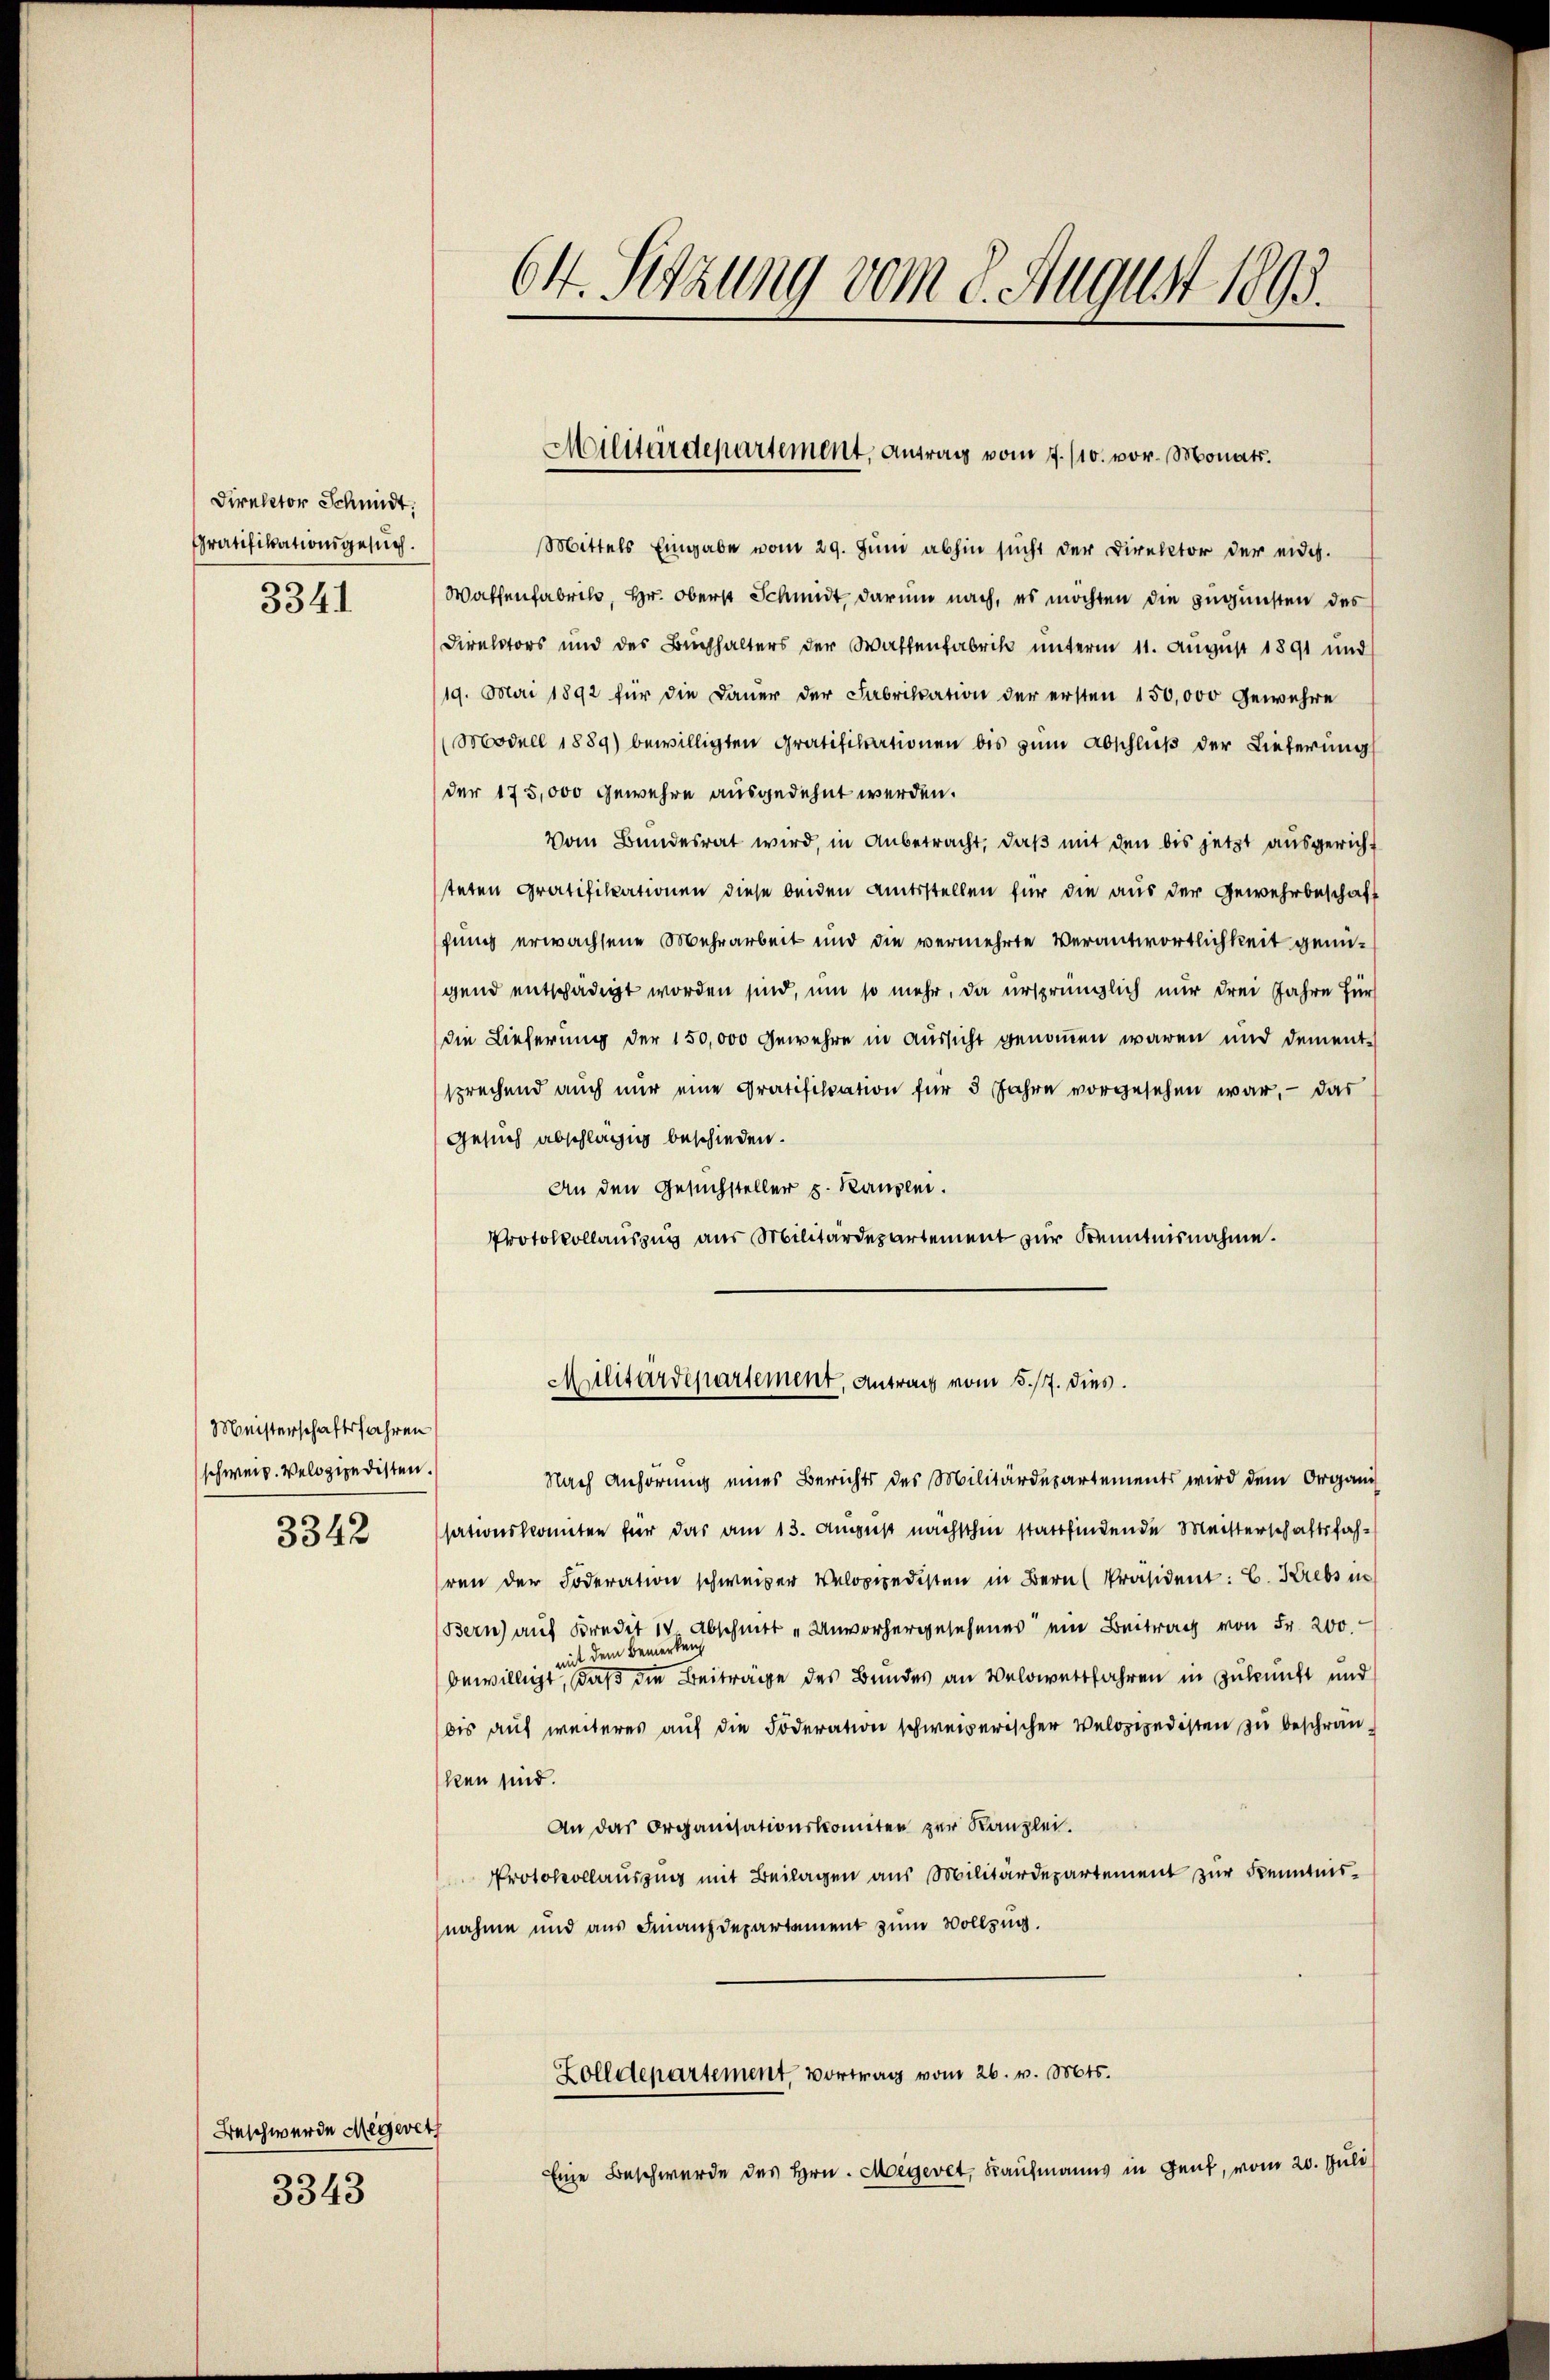
Director Schmidt.
Gratifikationsgesuch.
3341

Meisterschaftsfahren
(schweiz. Velozipedisten.
3342

Beschwerde Megeret
3343

64. Sitzung vom 8. August 1893.

Mittels Eingabe vom 29. Juni abhin sucht der Direktor der eidg.
Wachenfabrik, Hr. Oberst Schmidt darum nach, es möchten die zugunsten des
Direktors und des Buchhalters der Waffenfabrik unterm 11. August 1891 und
/19. Mai 1892 für die Dauer der Fabrikation der ersten 150,000 Gewehre
(Modell 1889) bewilligten Gratifikationen bis zum Abschluß der Lieferungs
der 175,000 Gewehre ausgedehnt werden.
Vom Bundesrat wird, in Anbetracht, daß mit den bis jetzt ausgericht
teten Gratifikationen diese beiden Amtsstellen für die aus der Gewehrbeschaft
fung erwachsene Mehrarbeit und die vermehrte Verantwortlichkeit genügend entschädigt worden sind, um so mehr, da ursprünglich nur drei Jahre für
die Lieferung der 150,000 Gewehre in Aussicht genommen waren und dementsprechend auch nur eine Gratifikation für 5 Jahre vorgesehen war. - Das
Gesuch abschlägig beschieden.
An den Gesuchsteller u. Hausen.
Protokollauszug aus Militärdepartement zur Kenntnisnahme.

Militärdepartement, Antrag vom 7./10. vor. Monats.

Nach Anhörung eines Berichts des Militärdepartements wird dem Organis
sationskonnten für das am 13. August nachschen stattfindende Meisterschaftsfah-
ren der Foderation schweizer Veloppedisten in Bern Präsident: C. Krebs in
Bern) auf Kredit 14 Abschnitt „Unvorhergesehenes ein Beitrag von Fr. 200.
Bemerken
mit der
bewilligt, daß die Beiträge des Bundes an Veldwertfahren in Zukunft und
bis auf weiteres auf die Foderation schweizerischen Velopepedisten zu beschränken sind.
An das Organisationskomitee zur Kanzlei.
Protokollauszug mit Beilagen aus Militärdepartement zur Kenntnisnahme und aus Finanzdepartement zum Vollzug.
Zolldepartement, vortrag vom 26. v. Mts.
Eine Beschwerde des Hrn. Megeret, Kaufmanns in Genf, vom 20. Juli

Militärdepartement, Antrag vom 15./7. dies.